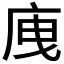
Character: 㡼